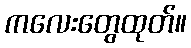
ကလေးတွေထုတ်။